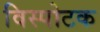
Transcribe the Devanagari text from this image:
विस्पोटक